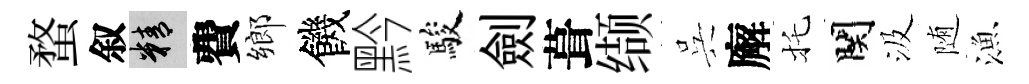
蝥叙精費鄉饑黔駿劍葺缬呉廨托関汲随漁